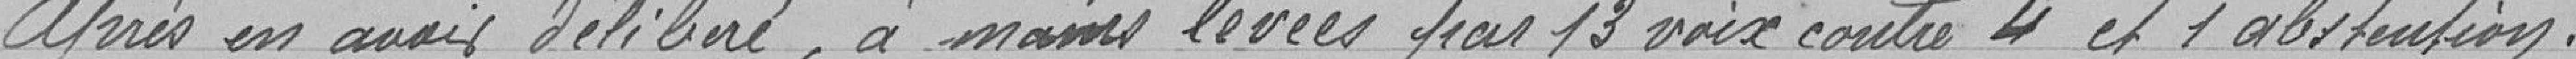
après en avoir délibéré, à mains levées par 13 voix contre 4 et 1 abstention.